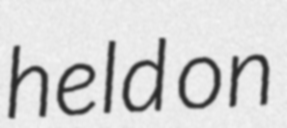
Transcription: held on